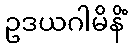
ဥဒယဂါမိနိံ